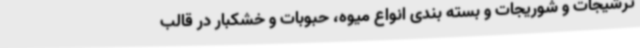
ترشیجات و شوریجات و بسته بندی انواع میوه، حبوبات و خشکبار در قالب